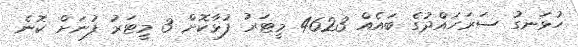
ހުޅަނގު ސަރަހައްދުގެ ބައެއް 4623 މީޓަރު ފުޅާކޮށް 3 މީޓަރު ފުނަށް ކޮނެ